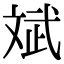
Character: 斌